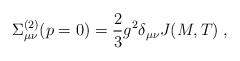
LaTeX: \begin{align*}\Sigma^{(2)}_{\mu\nu}(p=0) = \frac{2}{3}g^2\delta_{\mu\nu}J(M,T)\;,\end{align*}